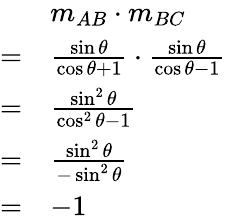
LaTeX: {\begin{array}{rl}&{m_{AB}\cdot m_{BC}}\\ {=}&{{\frac{\sin\theta}{\cos\theta+1}}\cdot{\frac{\sin\theta}{\cos\theta-1}}}\\ {=}&{{\frac{\sin^{2}\theta}{\cos^{2}\theta-1}}}\\ {=}&{{\frac{\sin^{2}\theta}{-\sin^{2}\theta}}}\\ {=}&{{-1}}\end{array}}